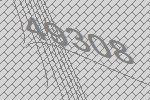
49308